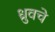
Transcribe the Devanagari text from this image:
ध्रुवचे